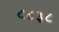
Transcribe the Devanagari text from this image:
८८३८